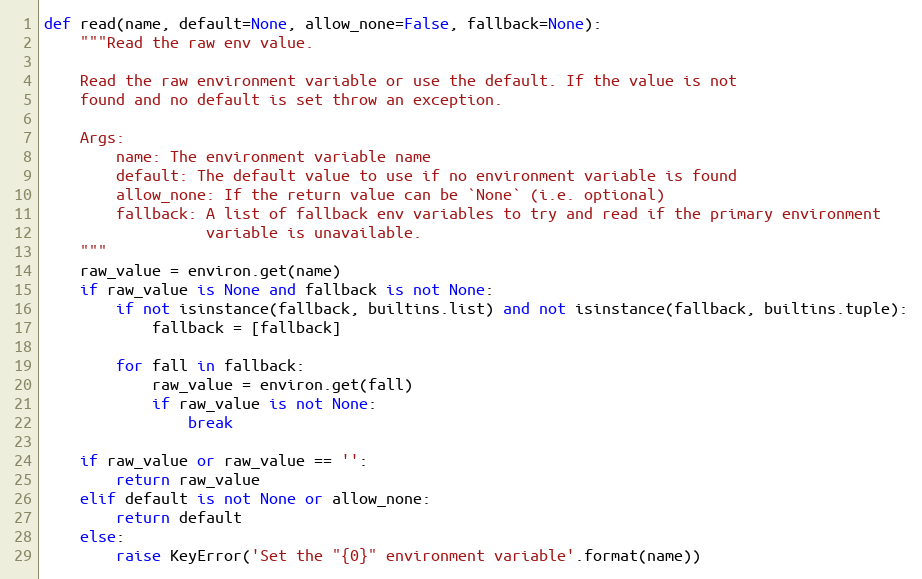
Language: Python
def read(name, default=None, allow_none=False, fallback=None):
    """Read the raw env value.

    Read the raw environment variable or use the default. If the value is not
    found and no default is set throw an exception.

    Args:
        name: The environment variable name
        default: The default value to use if no environment variable is found
        allow_none: If the return value can be `None` (i.e. optional)
        fallback: A list of fallback env variables to try and read if the primary environment
                  variable is unavailable.
    """
    raw_value = environ.get(name)
    if raw_value is None and fallback is not None:
        if not isinstance(fallback, builtins.list) and not isinstance(fallback, builtins.tuple):
            fallback = [fallback]

        for fall in fallback:
            raw_value = environ.get(fall)
            if raw_value is not None:
                break

    if raw_value or raw_value == '':
        return raw_value
    elif default is not None or allow_none:
        return default
    else:
        raise KeyError('Set the "{0}" environment variable'.format(name))